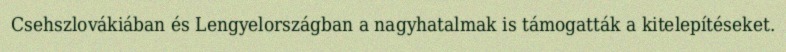
Csehszlovákiában és Lengyelországban a nagyhatalmak is támogatták a kitelepítéseket.